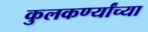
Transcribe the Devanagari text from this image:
कुलकर्ण्यांच्या